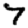
Digit: 7